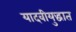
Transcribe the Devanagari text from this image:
यादवीयुद्धात